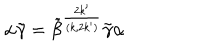
\alpha \tilde { \gamma } = \tilde { \beta } ^ { \frac { 2 k ^ { \prime } } { ( k , 2 k ^ { \prime } ) } } \tilde { \gamma } \alpha